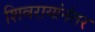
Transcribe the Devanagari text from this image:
शिवरायांनंतर